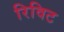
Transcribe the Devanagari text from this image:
रिविट